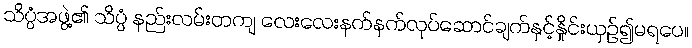
သိပ္ပံအဖွဲ့၏ သိပ္ပံ နည်းလမ်းတကျ လေးလေးနက်နက်လုပ်ဆောင်ချက်နှင့်နှိုင်းယှဉ်၍မရပေ။